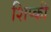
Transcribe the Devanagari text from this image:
शिप्की